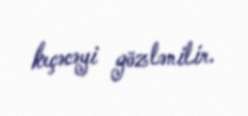
keçəcəyi gözlənilir.